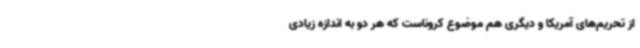
از تحریم‌های آمریکا و دیگری هم موضوع کروناست که هر دو به اندازه زیادی